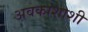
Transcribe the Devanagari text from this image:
अवकाशाशी